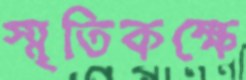
স্মৃতিকক্ষে